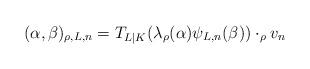
LaTeX: \begin{align*} (\alpha,\beta)_{\rho,L,n}= T_{L|K}(\lambda_{\rho}(\alpha)\psi_{L,n}(\beta)) \cdot_{\rho}v_n\end{align*}